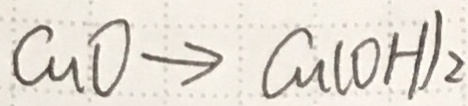
C u O \rightarrow C u ( O H ) _ { 2 }